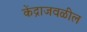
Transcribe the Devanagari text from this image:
केंद्राजवळील